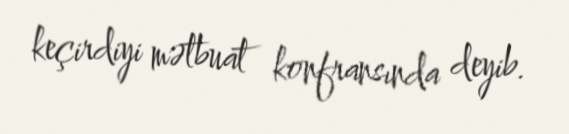
keçirdiyi mətbuat konfransında deyib.